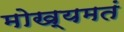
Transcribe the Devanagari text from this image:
मोख्यमतं